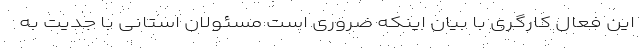
این فعال کارگری با بیان اینکه ضروری است مسئولان استانی با جدیت به